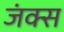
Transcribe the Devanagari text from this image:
जंक्स